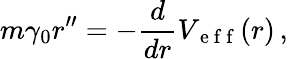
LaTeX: m\gamma_{0}r^{\prime\prime}=-\frac{d}{dr}V_{\mathrm{~e~f~f~}}(r)\, ,